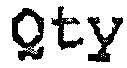
QTY